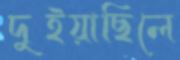
দুইয়াছিলে